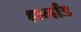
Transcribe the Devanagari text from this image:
हार्लांड